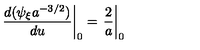
\left. \frac { d ( \psi _ { \xi } a ^ { - 3 / 2 } ) } { d u } \right| _ { 0 } = \left. \frac { 2 } { a } \right| _ { 0 }